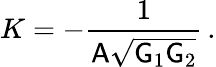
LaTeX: K=-\frac{1}{\mathsf{A}\sqrt{\mathsf{G}_{1}\mathsf{G}_{2}}}\, .